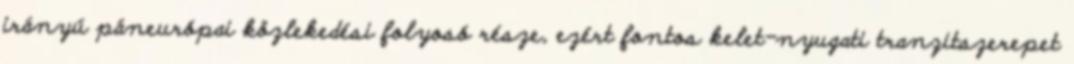
irányú páneurópai közlekedési folyosó része, ezért fontos kelet-nyugati tranzitszerepet